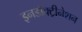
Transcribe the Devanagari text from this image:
इनडॉक्ट्रीनेशन